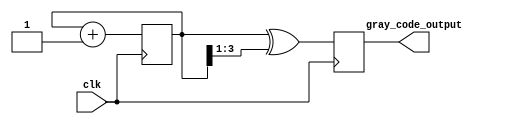
module gray_ring_counter(
    input wire clk,
    output reg [3:0] gray_code_output
);

reg [3:0] count;

always @(posedge clk) begin
    count <= count + 1;
    gray_code_output <= count ^ (count >> 1);
end

endmodule